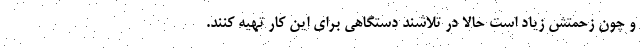
و چون زحمتش زیاد است حالا در تلاشند دستگاهی برای این کار تهیه کنند.